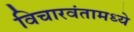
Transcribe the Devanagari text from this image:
विचारवंतामध्ये